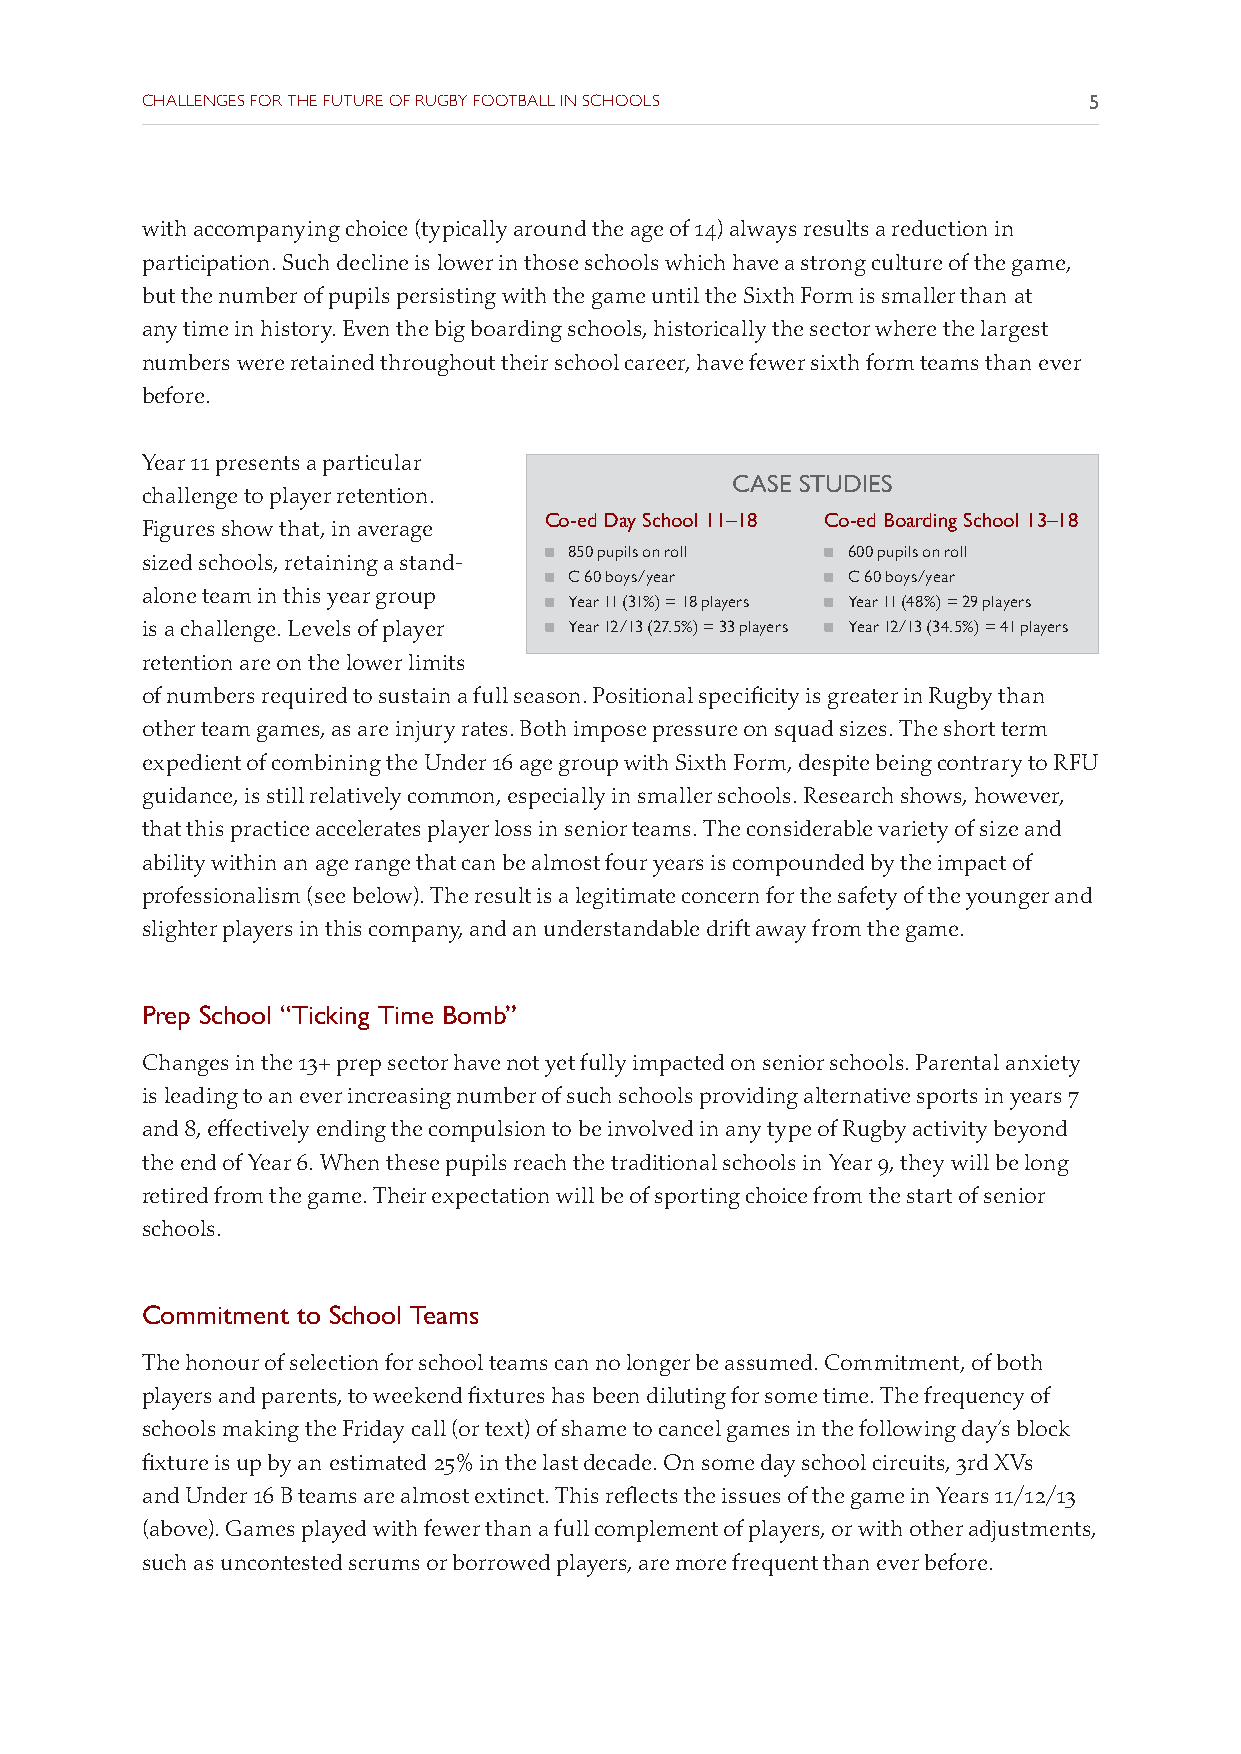
CHALLENGES FOR THE FUTURE OF RUGBY FOOTBALL IN SCHOOLS         5
 with accompanying choice (typically around the age of 14) always results a reduction in
 participation. Such decline is lower in those schools which have a strong culture of the game,
 but the number of pupils persisting with the game until the Sixth Form is smaller than at
 any time in history. Even the big boarding schools, historically the sector where the largest
 numbers were retained throughout their school career, have fewer sixth form teams than ever
 before.
 Year 11 presents a particular
 CASE STUDIES
 challenge to player retention.
 Co-ed Day School 11–18 Co-ed Boarding School 13–18
 Figures show that, in average
 ó 850 pupils on roll ó 600 pupils on roll
 sized schools, retaining a stand-
 ó C 60 boys/year   ó C 60 boys/year
 alone team in this year group
 ó Year 11 (31%) = 18 players ó Year 11 (48%) = 29 players
 is a challenge. Levels of player ó Year 12/13 (27.5%) = 33 players ó Year 12/13 (34.5%) = 41 players
 retention are on the lower limits
 of numbers required to sustain a full season. Positional specificity is greater in Rugby than
 other team games, as are injury rates. Both impose pressure on squad sizes. The short term
 expedient of combining the Under 16 age group with Sixth Form, despite being contrary to RFU
 guidance, is still relatively common, especially in smaller schools. Research shows, however,
 that this practice accelerates player loss in senior teams. The considerable variety of size and
 ability within an age range that can be almost four years is compounded by the impact of
 professionalism (see below). The result is a legitimate concern for the safety of the younger and
 slighter players in this company, and an understandable drift away from the game.
 Prep School “Ticking Time Bomb”
 Changes in the 13+ prep sector have not yet fully impacted on senior schools. Parental anxiety
 is leading to an ever increasing number of such schools providing alternative sports in years 7
 and 8, effectively ending the compulsion to be involved in any type of Rugby activity beyond
 the end of Year 6. When these pupils reach the traditional schools in Year 9, they will be long
 retired from the game. Their expectation will be of sporting choice from the start of senior
 schools.
 Commitment to School Teams
 The honour of selection for school teams can no longer be assumed. Commitment, of both
 players and parents, to weekend fixtures has been diluting for some time. The frequency of
 schools making the Friday call (or text) of shame to cancel games in the following day’s block
 fixture is up by an estimated 25% in the last decade. On some day school circuits, 3rd XVs
 and Under 16 B teams are almost extinct. This reflects the issues of the game in Years 11/12/13
 (above). Games played with fewer than a full complement of players, or with other adjustments,
 such as uncontested scrums or borrowed players, are more frequent than ever before.